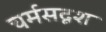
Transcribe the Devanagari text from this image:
चर्मसदृश